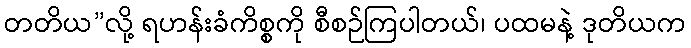
တတိယ”လို့ ရဟန်းခံကိစ္စကို စီစဉ်ကြပါတယ်၊ ပထမနဲ့ ဒုတိယက